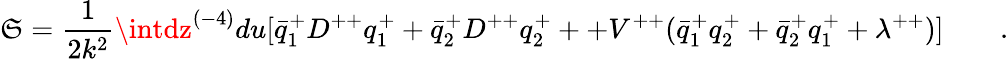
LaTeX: \mathfrak{S}={\frac{{1}}{{2k^{2}}}}\intdz^{(-4)}du[\bar{{q}}_{1}^{+}D^{++}q_{1}^{+}+\bar{{q}}_{2}^{+}D^{++}q_{2}^{+}++V^{++}(\bar{{q}}_{1}^{+}q_{2}^{+}+\bar{{q}}_{2}^{+}q_{1}^{+}+\lambda^{++})]\qquad.